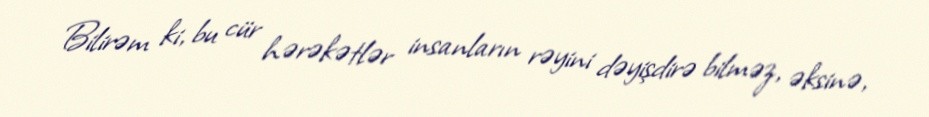
Bilirəm ki, bu cür hərəkətlər insanların rəyini dəyişdirə bilməz, əksinə,